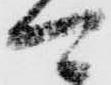
可